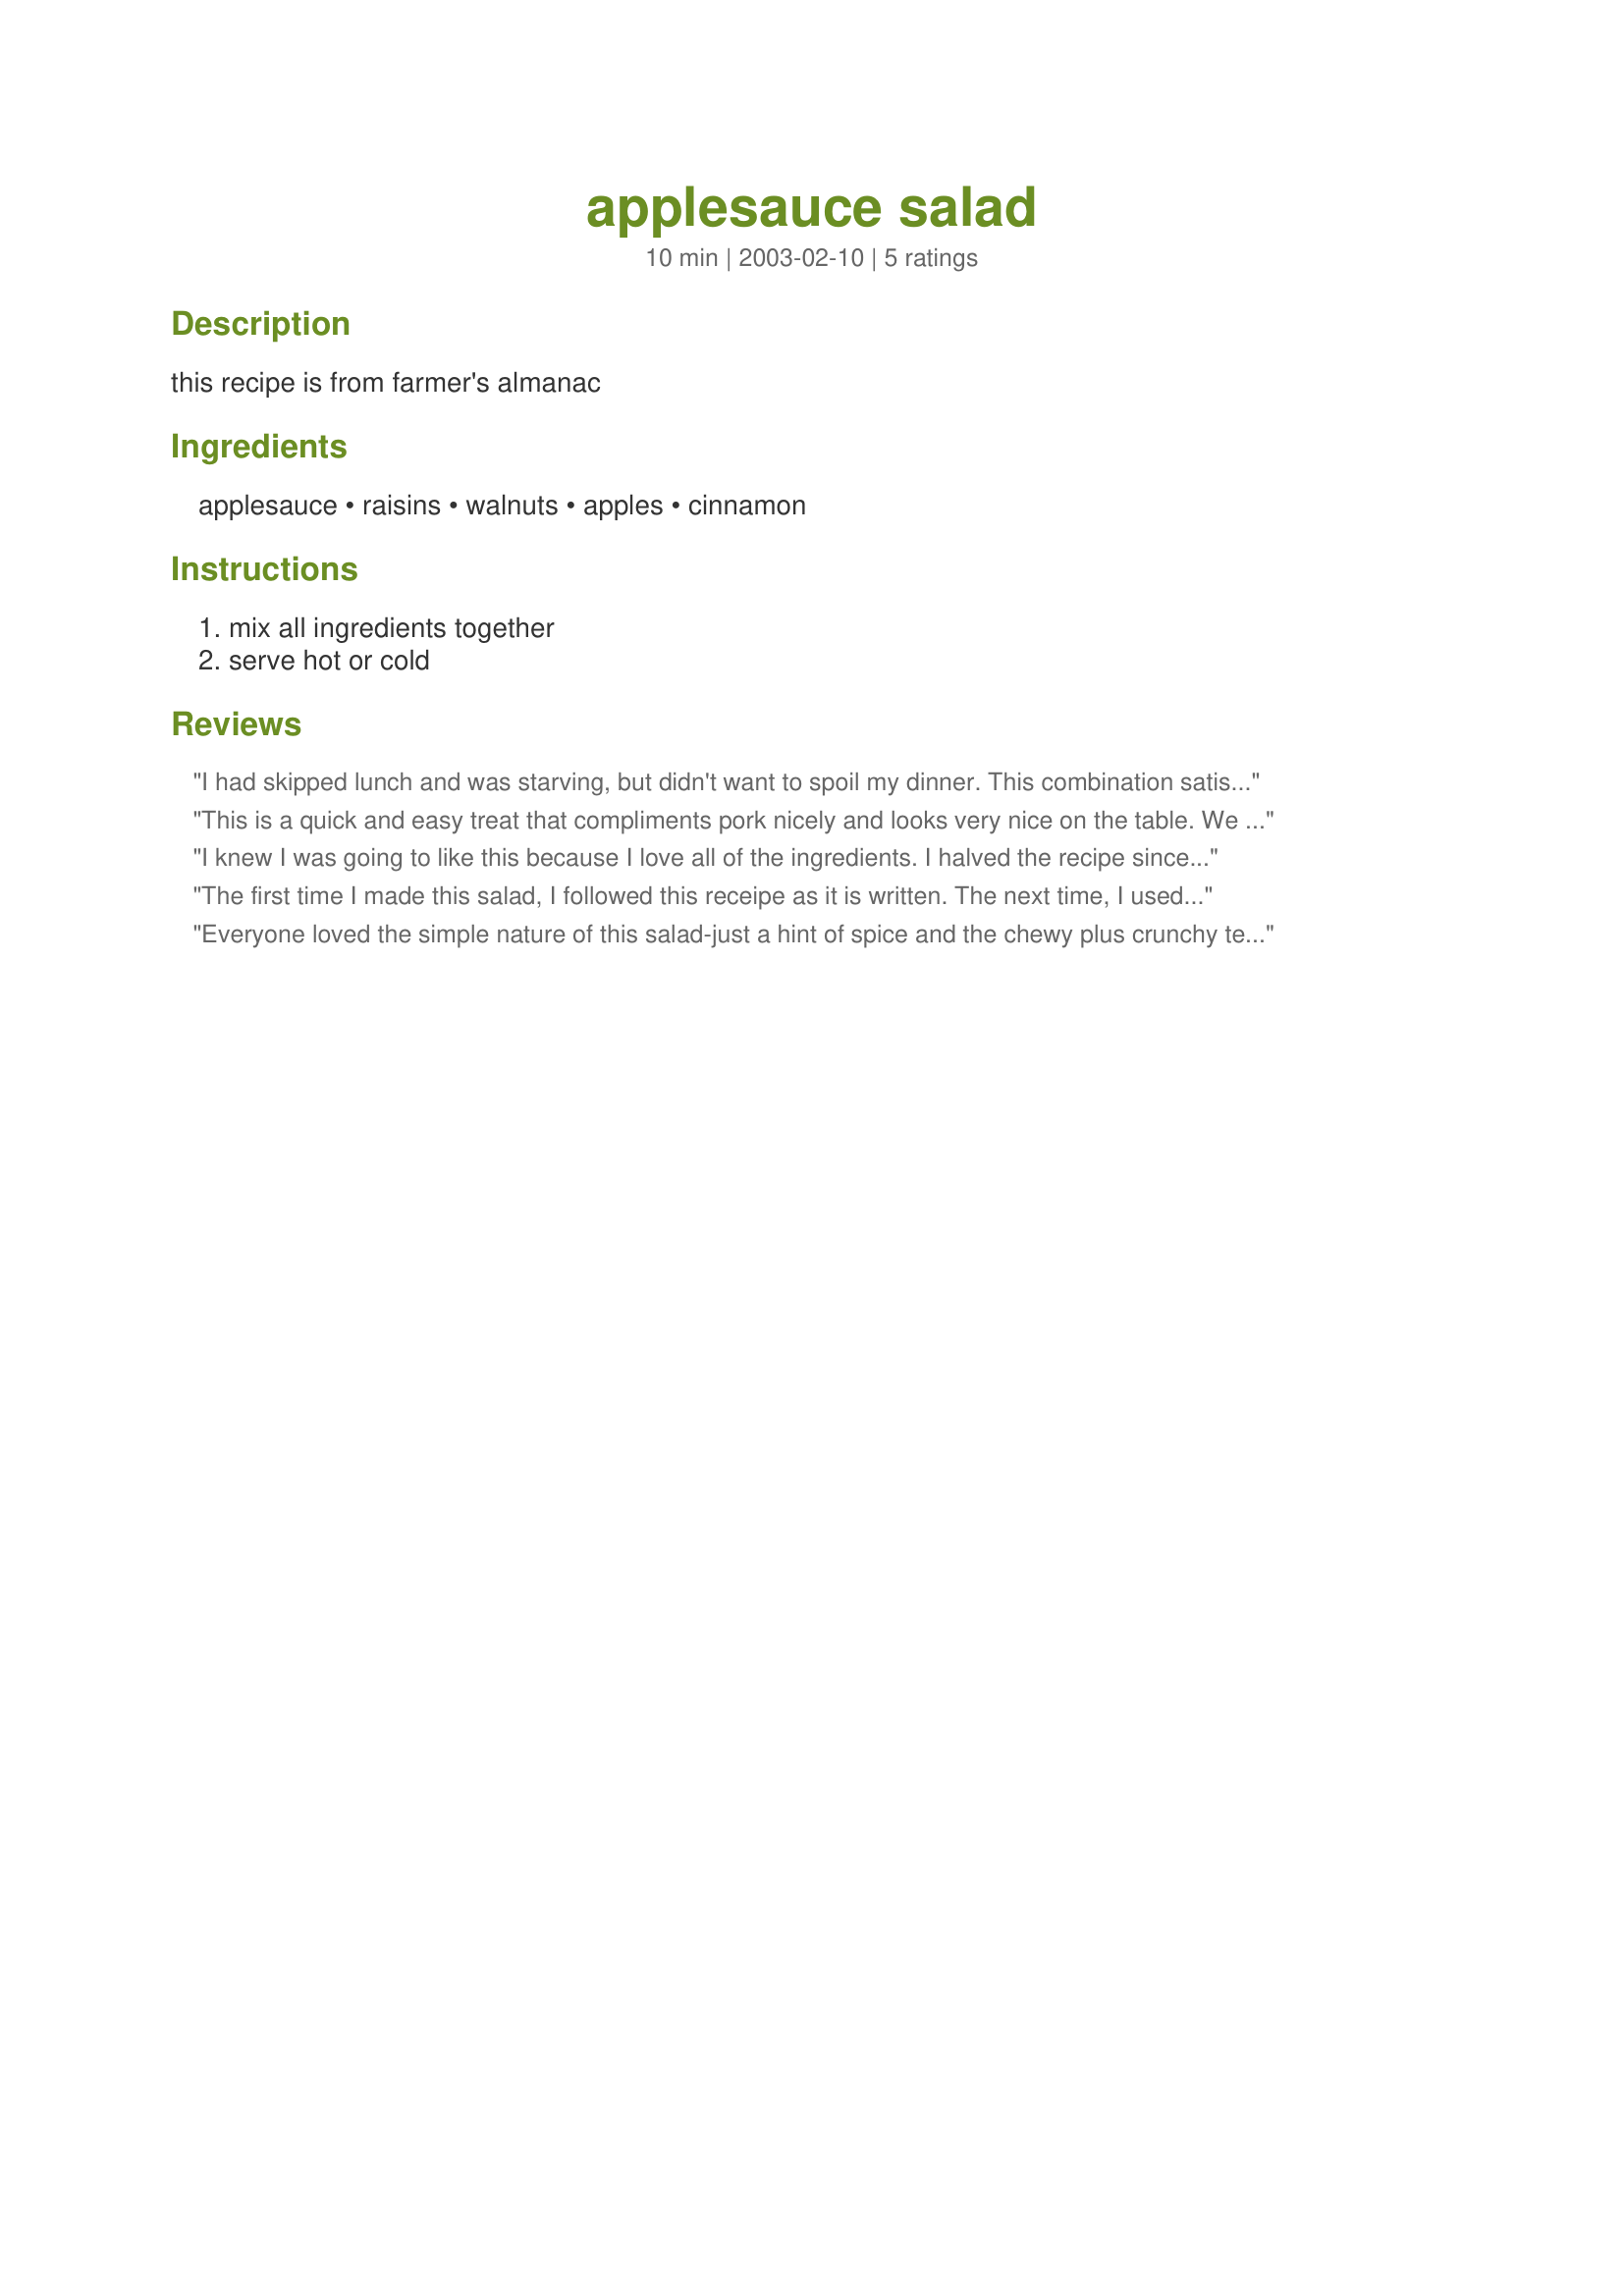
applesauce salad
Preparation time: 10 minutes

this recipe is from farmer's almanac

Ingredients:
applesauce, raisins, walnuts, apples, cinnamon

Steps:
mix all ingredients together, serve hot or cold

Reviews:
I had skipped lunch and was starving, but didn't want to spoil my dinner. This combination satisfied my hunger without overfilling me. I used unsweetened applesauce and HoneyCrisp apples (which I didn't peel). Thanks for posting a simple and healthy snack.
This is a quick and easy treat that compliments pork nicely and looks very nice on the table. We enjoyed it at Easter. I substitued cinnamon applesauce (to save time), reduced the walnuts to 1/2 c. as my son doesn't prefer nuts, and it was a smash! Thanks for sharing!
I knew I was going to like this because I love all of the ingredients. I halved the recipe since I'm the only one here who likes raisins or walnuts (what's wrong with these people? lol) I used no-sugar added applesauce and tossed in 1 packet of Splenda (though I think it would have been fine without it) to make it lower in sugar. Turned out great!
The first time I made this salad, I followed this receipe as it is written. The next time, I used a jar of chunky applesauce with cincimmon. I only had to add raisins and chopped walnuts. Even easier to fix, and still tastes great. Thanks for the receipe!
Everyone loved the simple nature of this salad-just a hint of spice and the chewy plus crunchy texture was a delight with the smooth applesauce. I left the walnuts in pieces instead of chopping them and it really was done in less then 10 minutes.
